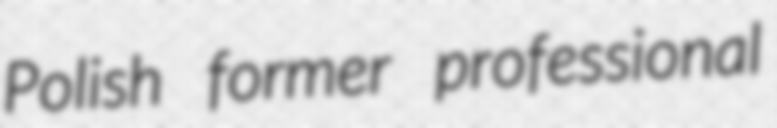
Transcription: Polish former professional